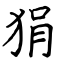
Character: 狷